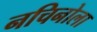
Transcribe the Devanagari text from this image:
नचिनोला